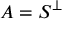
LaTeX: A = S ^ { \perp }